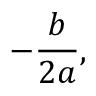
- { \frac { b } { 2 a } } ,